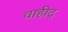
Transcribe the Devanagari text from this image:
वाहीद